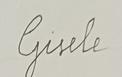
Signature authenticity: forged